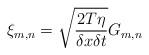
LaTeX: \begin{align*}\xi_{m,n}=\sqrt{\frac{2T\eta}{\delta x\delta t}}G_{m,n}\end{align*}